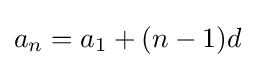
a_{n}=a_{1}+(n-1)d